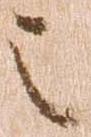
之